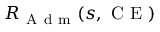
R _ { \mathrm { ~ A ~ d ~ m ~ } } ( s , \mathrm { ~ C ~ E ~ } )